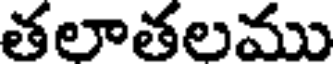
తలాతలము